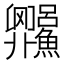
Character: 𬵼